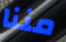
مننا